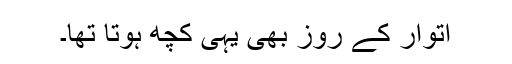
اتوار کے روز بھی یہی کچھ ہوتا تھا۔